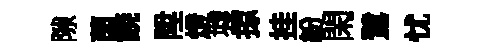
隙茵𩜙陞燈墟掠挂紛閑鷺忧